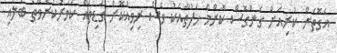
އެގޮތަށް ކުރިއަށް ގެންގޮސް ކޮންމެ ހަފުތާއަކު ވެސް ރިވިއުކޮށް ގަޑިތައް ކަވަރުކުރެވޭތޯ ބަލައި